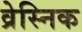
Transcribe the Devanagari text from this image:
व्रेस्निक